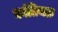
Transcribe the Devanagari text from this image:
कांतिचक्र